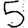
Digit: 5